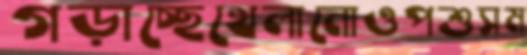
গড়াচ্ছেখেলানোওপশুসম